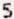
5